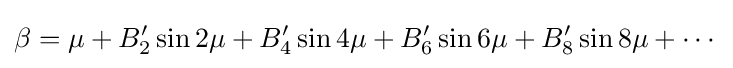
\beta =\mu +B'_{2}\sin 2\mu +B'_{4}\sin 4\mu +B'_{6}\sin 6\mu +B'_{8}\sin 8\mu +\cdots